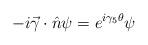
LaTeX: \begin{align*}-i \vec{\gamma} \cdot \hat n\psi = e^{i\gamma_{5}\theta}\psi \end{align*}